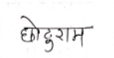
मजकूर: छोटुराम